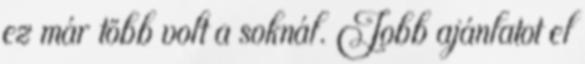
ez már több volt a soknál. Jobb ajánlatot el